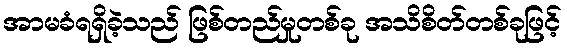
အာမခံရရှိခဲ့သည် ဖြစ်တည်မှုတစ်ခု အသိစိတ်တစ်ခုဖြင့်